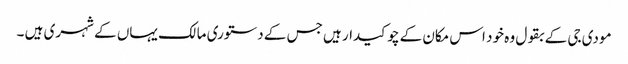
مودی جی کے بقول وہ خود اس مکان کے چوکیدار ہیں جس کے دستوری مالک یہاں کے شہری ہیں ۔